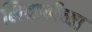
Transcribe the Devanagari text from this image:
लिच्छवीच्या